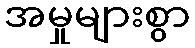
အမှုများစွာ